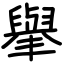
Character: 𦦙